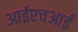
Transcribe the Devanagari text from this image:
आईएचआई